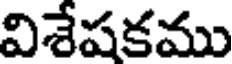
విశేషకము